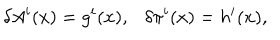
\delta A ^ { i } ( x ) = g ^ { i } ( x ) , \ \ \ \delta \pi ^ { i } ( x ) = h ^ { i } ( x ) ,